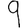
Digit: 9